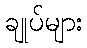
ချုပ်များ